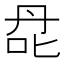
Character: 𰇙